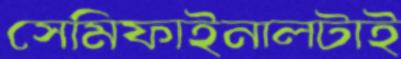
সেমিফাইনালটাই